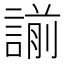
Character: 𧪈